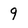
Character: 9